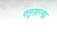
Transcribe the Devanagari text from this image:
फ्लूसारखा